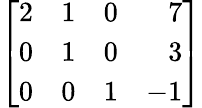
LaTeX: \left[{\begin{array}{rrrr}{2}&{1}&{0}&{7}\\ {0}&{1}&{0}&{3}\\ {0}&{0}&{1}&{-1}\end{array}}\right]